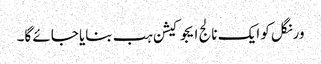
ورنگل کو ایک نالج ایجوکیشن ہب بنایا جائے گا۔